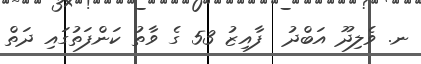
ނ. ވެލިދޫ އަބްދު  ފާއިޒު 53 ގެ ވާތު ކަންފަތުގައި ދަތް